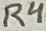
Text: R4